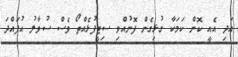
އަދި އެއީ ކޮން ކަމަކާ ގުޅިގެން ފޮނުއްވި ސިޓީފުޅެއްތޯ ވެސް ސުވާލު އުފައްދަ